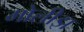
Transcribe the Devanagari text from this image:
मोलीझ